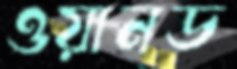
ওয়ানড